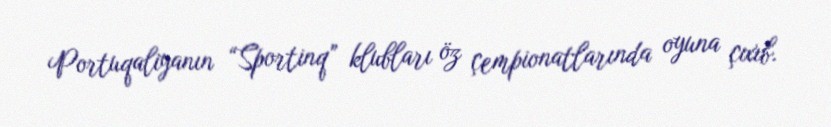
Portuqaliyanın “Sportinq” klubları öz çempionatlarında oyuna çıxıb.